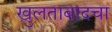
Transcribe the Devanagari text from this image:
खुलताबादचा